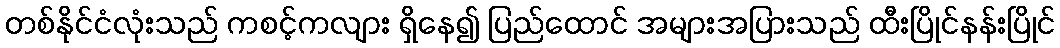
တစ်နိုင်ငံလုံးသည် ကစင့်ကလျား ရှိနေ၍ ပြည်ထောင် အများအပြားသည် ထီးပြိုင်နန်းပြိုင်